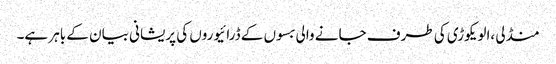
منڈلی ،الویکوڑی کی طرف جانے والی بسوں کے ڈرائیوروں کی پریشانی بیان کے باہر ہے۔